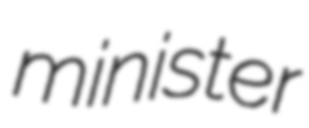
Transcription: minister